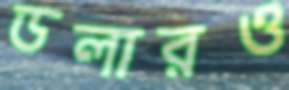
ডলারও